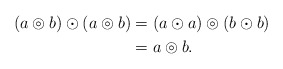
\begin{align*} (a\circledcirc b) \odot (a\circledcirc b) &= (a\odot a) \circledcirc (b\odot b) \\ &= a \circledcirc b.\end{align*}